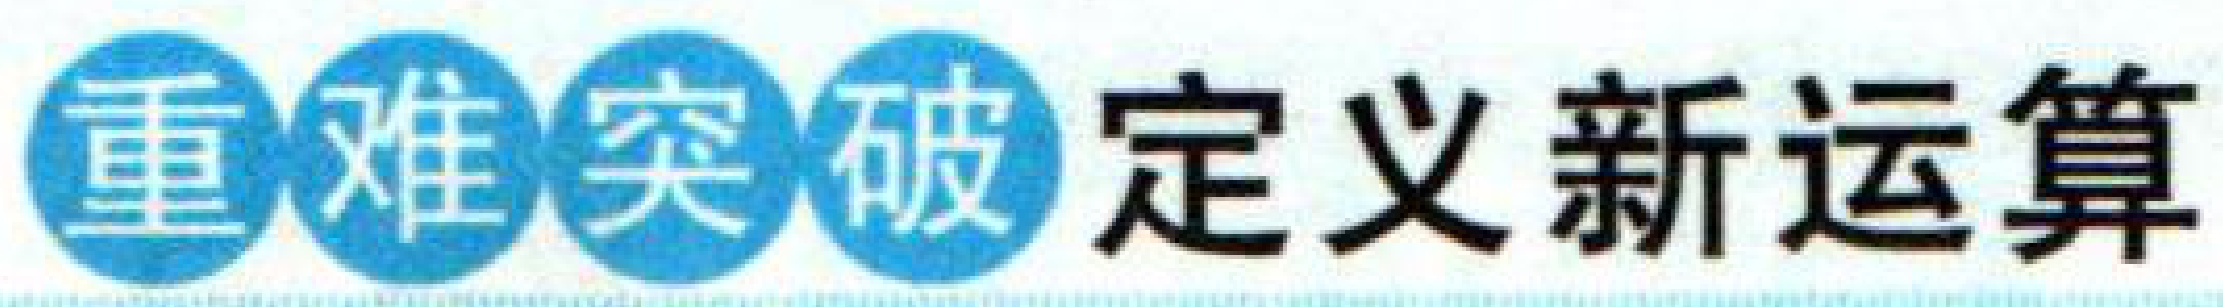
重难突破 定义新运算